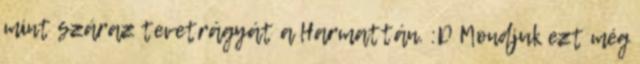
mint száraz tevetrágyát a Harmattán. :D Mondjuk ezt még